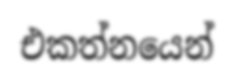
එකත්නයෙන්